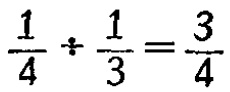
$\frac{1}{4} \div \frac{1}{3} = \frac{3}{4}$